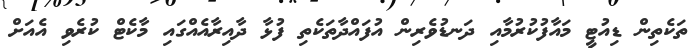
ތަކެތިން ޑިއުޓީ މައާފުކުރުމާއި ދަނޑުވެރިން އުފައްދާތަކެތި ފުޅާ ދާއިރާއެއްގައި މާކެޓް ކުރެވި އެއަށް